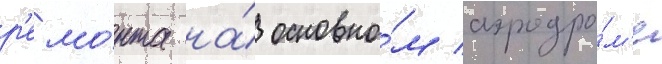
р'емо́нта на́ основно́м аэродро́м'е